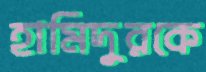
হামিদুরকে